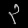
Digit: ၃